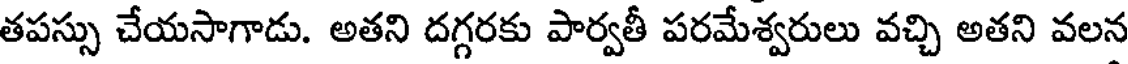
తపస్సు చేయసాగాడు. అతని దగ్గరకు పార్వతీ పరమేశ్వరులు వచ్చి అతని వలన